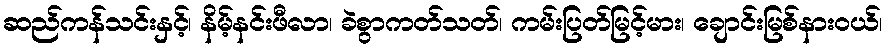
ဆည်ကန်သင်းနှင့်၊ နိမ့်နင်းဖီလာ၊ ခဲစွာကတ်သတ်၊ ကမ်းပြတ်မြင့်မား၊ ချောင်းမြစ်နားဝယ်၊